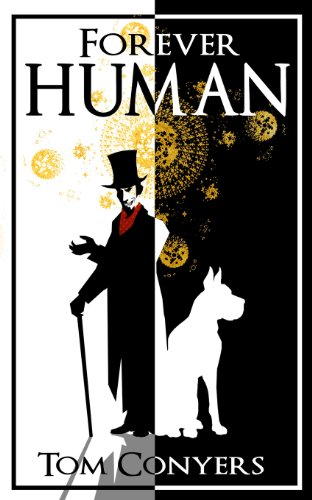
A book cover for Forever Human; Tom Conyers; Literature & Fiction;